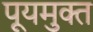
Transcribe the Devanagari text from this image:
पूयमुक्त